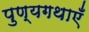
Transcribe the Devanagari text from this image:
पुण्यगथाएँ